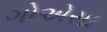
ગોએસા